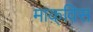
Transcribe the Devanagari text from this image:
माक़्विस